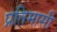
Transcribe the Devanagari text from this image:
प्रतिमासी